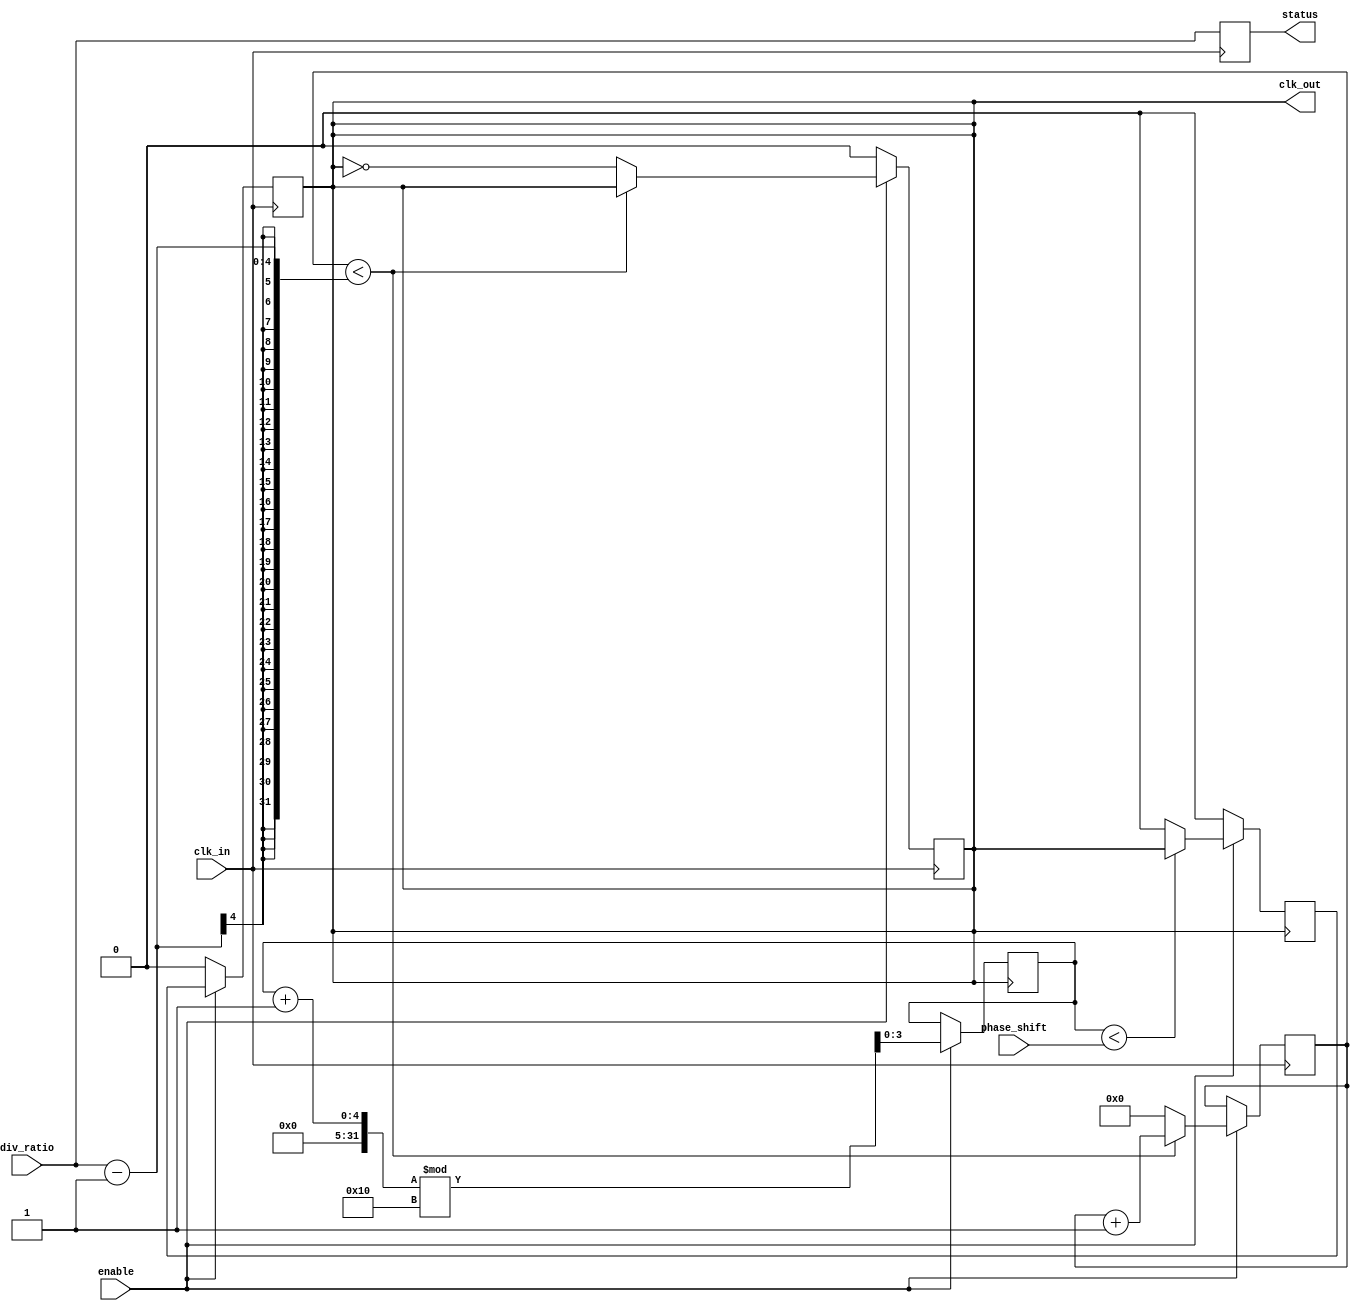
module ProgrammableClockBuffer (
    input wire clk_in,                    // Primary clock input
    input wire [3:0] div_ratio,           // Division ratio (1 to 16)
    input wire [3:0] phase_shift,         // Phase shift in increments (0 to 15)
    input wire enable,                     // Output enable signal
    output reg clk_out,                   // Output clock
    output reg [3:0] status               // Status register for current settings
);

    reg [3:0] counter;                    // Counter for frequency division
    reg [3:0] phase_counter;              // Counter for phase adjustment
    wire clk_div;                         // Divided clock signal
    reg clk_phase_shifted;                // Clock after phase adjustment

    // Frequency Division
    always @(posedge clk_in) begin
        if (enable) begin
            if (counter < div_ratio - 1) begin
                counter <= counter + 1;
            end else begin
                counter <= 0;
                clk_out <= ~clk_out;      // Toggle output clock
            end
        end else begin
            clk_out <= 1'b0;              // Disable output clock
        end
    end

    // Phase Adjustment
    always @(posedge clk_out) begin
        if (enable) begin
            phase_counter <= (phase_counter + 1) % 16; // Increment phase counter
            if (phase_counter < phase_shift) begin
                clk_phase_shifted <= clk_out; // Shifted clock output
            end else begin
                clk_phase_shifted <= 1'b0; // Hold low
            end
        end else begin
            clk_phase_shifted <= 1'b0; // Disable phase shifted clock
        end
    end

    // Assign final output clock based on enable signal
    always @(posedge clk_in) begin
        if (enable) begin
            clk_out <= clk_phase_shifted; // Final output clock
        end else begin
            clk_out <= 1'b0; // Disable output clock
        end
    end

    // Status Register
    always @(posedge clk_in) begin
        status <= {enable, div_ratio[3:0]}; // Update status register
    end

endmodule